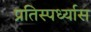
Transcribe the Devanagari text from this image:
प्रतिस्पर्ध्यास